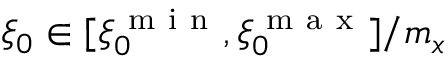
\xi _ { 0 } \in [ \xi _ { 0 } ^ { \mathrm { ~ m ~ i ~ n ~ } } , \xi _ { 0 } ^ { \mathrm { ~ m ~ a ~ x ~ } } ] / m _ { x }